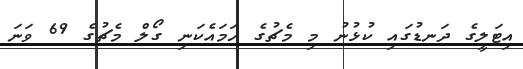
އިޓަލީގެ ދަނޑުގައި ކުޅުނު މި މެޗުގެ ހަމައެކަނި ގޯލް މެޗުގެ 69 ވަނަ